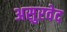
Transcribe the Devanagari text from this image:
असुरवेद